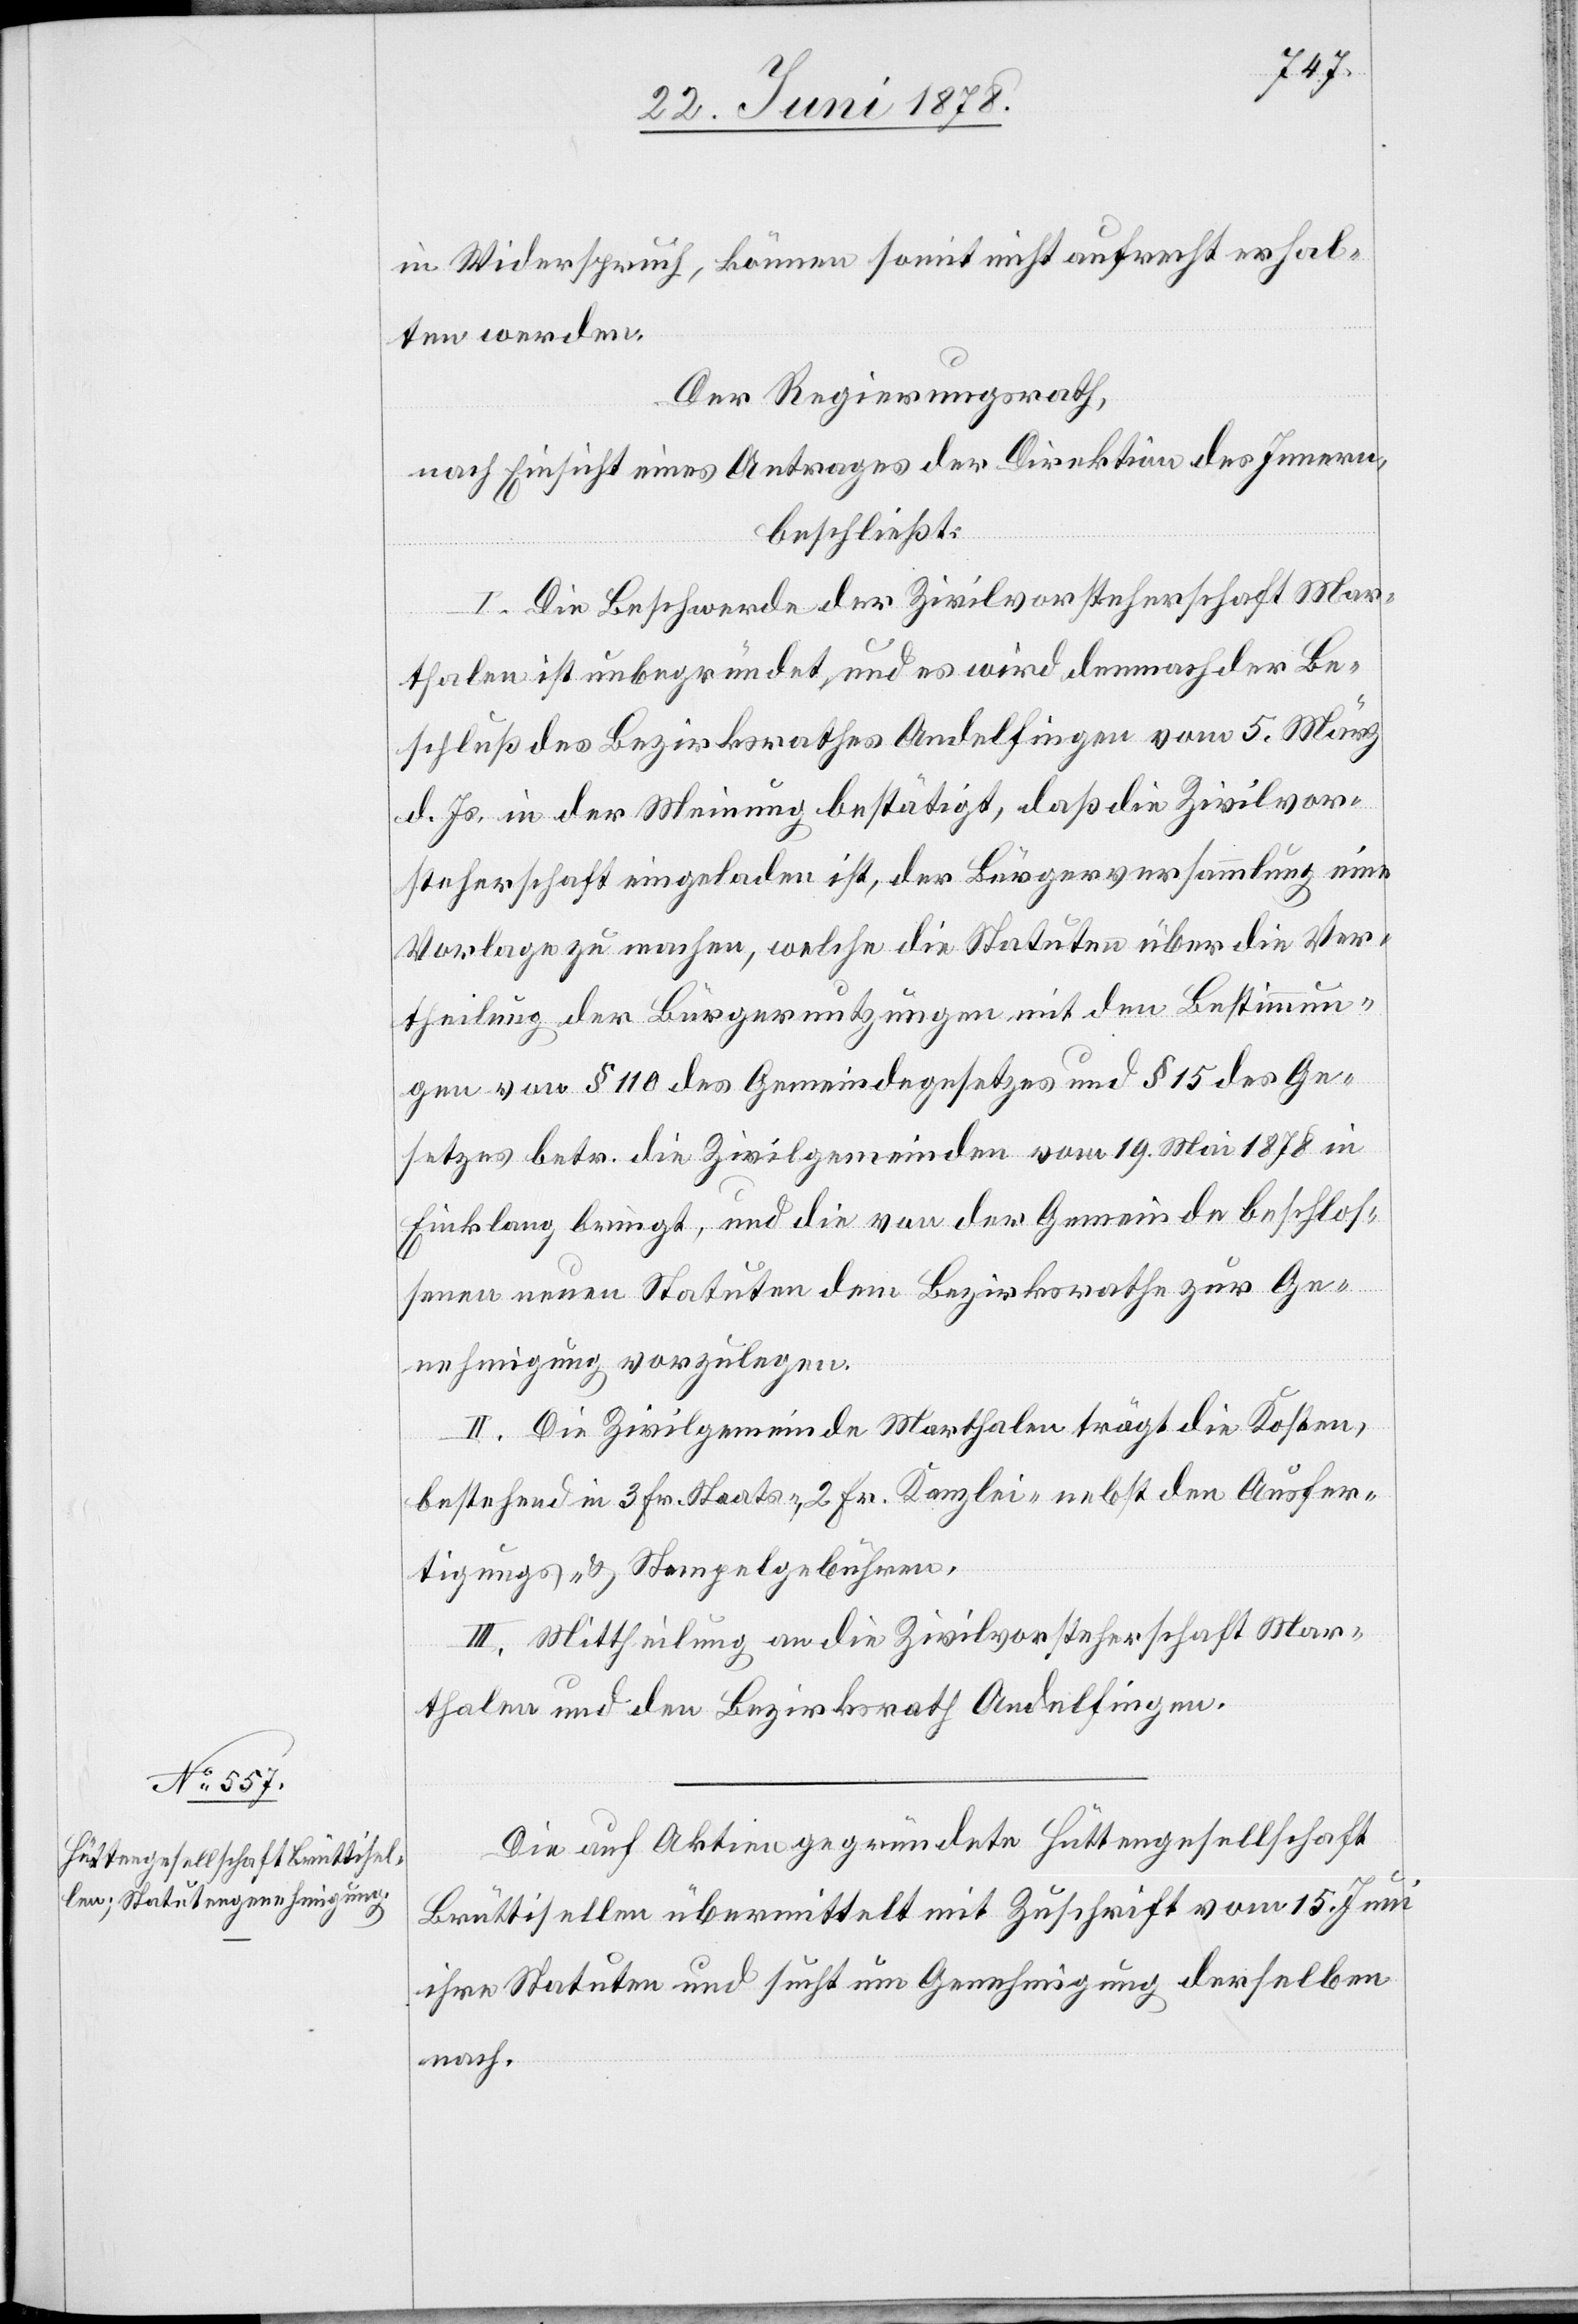
in Widerspruch, können somit nicht aufrecht erhal¬
ten werden.
Der Regierungsrath,
nach Einsicht eines Antrages der Direktion des Innern,
beschließt:
I. Die Beschwerde der Zivilvorsteherschaft Mar¬
thalen ist unbegründet, und es wird demnach der Be¬
schluß des Bezirksrathes Andelfingen vom 5. März
d. Js. in der Meinung bestätigt, daß die Zivilvor¬
steherschaft eingeladen ist, der Bürgerversammlung eine
Vorlage zu machen, welche die Statuten über die Ver¬
theilung der Bürgernutzungen mit den Bestimmun¬
gen von § 110 des Gemeindegesetzes und § 15 des Ge¬
setzes betr. die Zivilgemeinden vom 19. Mai 1878 in
Einklang bringt, und die von der Gemeinde beschlos¬
senen neuen Statuten dem Bezirksrathe zur Ge¬
nehmigung vorzulegen.
II. Die Zivilgemeinde Marthalen trägt die Kosten,
bestehend in 3 Fr. Staats-, 2 Fr. Kanzlei- nebst den Ausfer¬
tigungs- & Stempelgebühren.
III. Mittheilung an die Zivilvorsteherschaft Mar¬
thalen und den Bezirksrath Andelfingen.
Die auf Aktien gegründete Hüttengesellschaft
Brüttisellen übermittelt mit Zuschrift vom 15. Juni
ihre Statuten und sucht um Genehmigung derselben
nach.